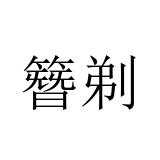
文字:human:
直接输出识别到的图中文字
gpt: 簪剃